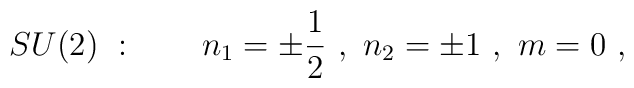
SU(2)\ :\quad\quad n_1=\pm{1\over 2}\ ,\ n_2=\pm 1\ ,\ m=0\ ,